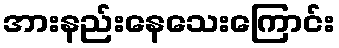
အားနည်းနေသေးကြောင်း